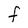
Character: F